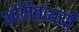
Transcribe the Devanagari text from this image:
अमितव्ययी